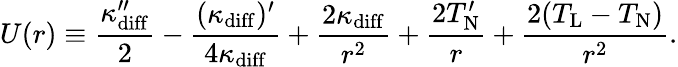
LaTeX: U(r)\equiv\frac{\kappa_{\mathrm{diff}}^{\prime\prime}}{2}-\frac{(\kappa_{\mathrm{diff}})^{\prime}}{4\kappa_{\mathrm{diff}}}+\frac{2\kappa_{\mathrm{diff}}}{r^{2}}+\frac{2T_{\mathrm{N}}^{\prime}}{r}+\frac{2(T_{\mathrm{L}}-T_{\mathrm{N}})}{r^{2}}.